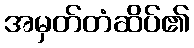
အမှတ်တံဆိပ်၏